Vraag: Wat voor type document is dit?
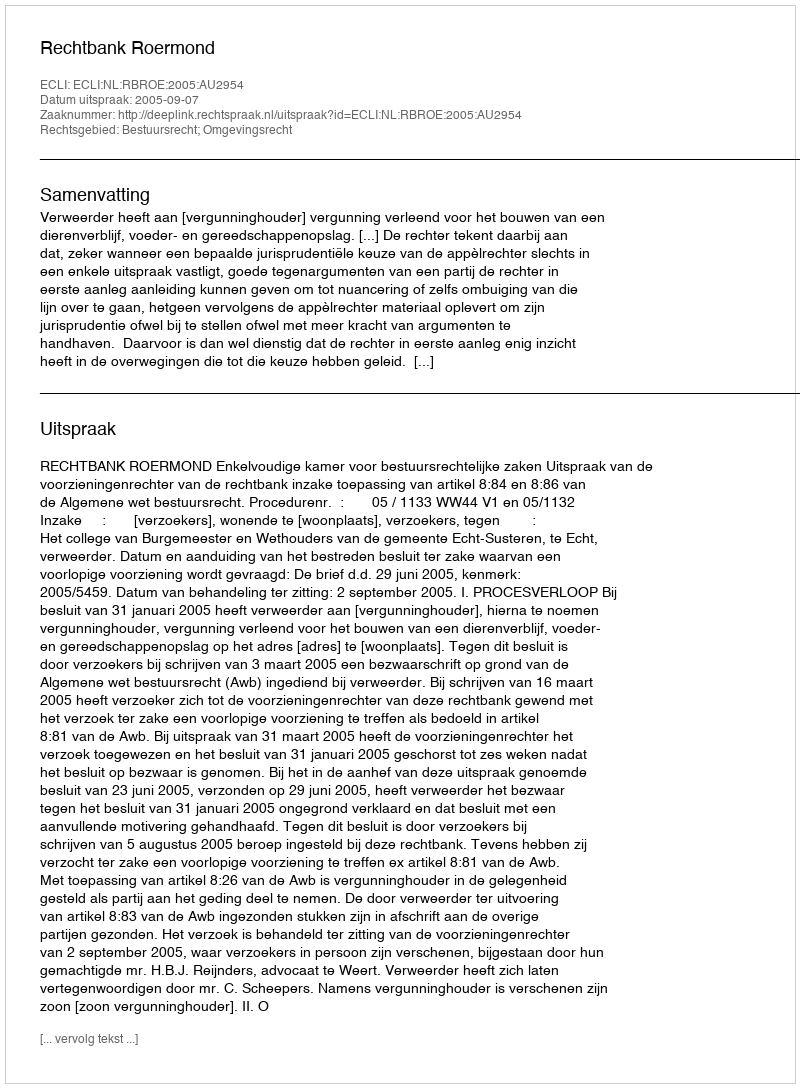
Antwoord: Uitspraak